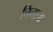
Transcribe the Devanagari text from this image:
चिनाचा